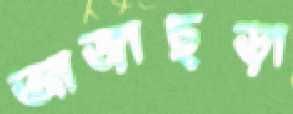
আজাছড়া